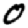
Digit: 0